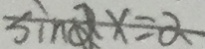
\sin \alpha x = \alpha